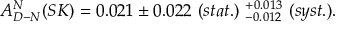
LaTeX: A _ { D - N } ^ { N } ( S K ) = 0 . 0 2 1 \pm 0 . 0 2 2 ~ ( s t a t . ) ~ _ { - 0 . 0 1 2 } ^ { + 0 . 0 1 3 } ~ ( s y s t . ) .